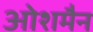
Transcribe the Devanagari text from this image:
ओशमैन